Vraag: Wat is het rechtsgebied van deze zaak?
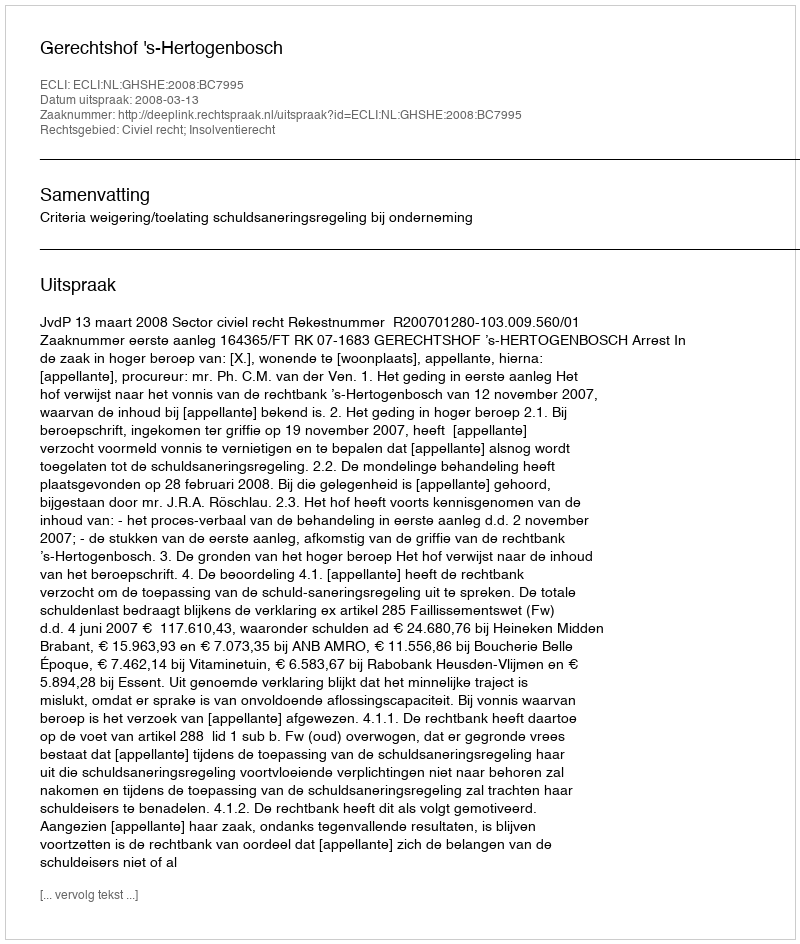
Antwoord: Civiel recht; Insolventierecht